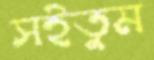
সইতুম